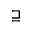
\sqsupseteq